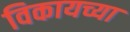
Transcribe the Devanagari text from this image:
विकायच्या